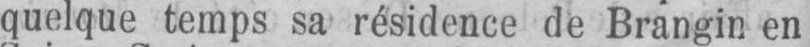
quelque temps sa résidence de Brangin en